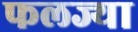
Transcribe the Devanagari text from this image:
फलज्या